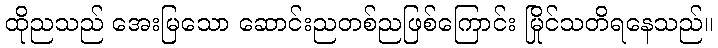
ထိုညသည် အေးမြသော ဆောင်းညတစ်ညဖြစ်ကြောင်း မြိုင်သတိရနေသည်။